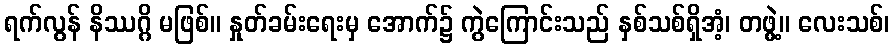
ရက်လွန် နိဿဂ္ဂိ မဖြစ်။ နှုတ်ခမ်းရေးမှ အောက်၌ ကွဲကြောင်းသည် နှစ်သစ်ရှိအံ့၊ တဖွဲ့။ လေးသစ်၊